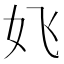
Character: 𱙆